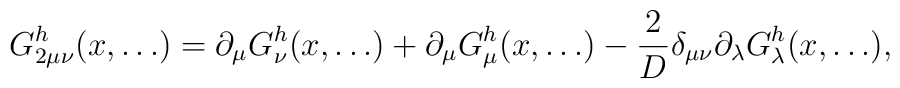
G_{2\mu\nu}^h(x,\ldots) = \partial_\mu G_\nu^h(x,\ldots) +\partial_\mu G_\mu^h(x,\ldots)-\frac{2}{D}\delta_{\mu\nu}\partial_\lambda G_\lambda^h(x,\ldots),